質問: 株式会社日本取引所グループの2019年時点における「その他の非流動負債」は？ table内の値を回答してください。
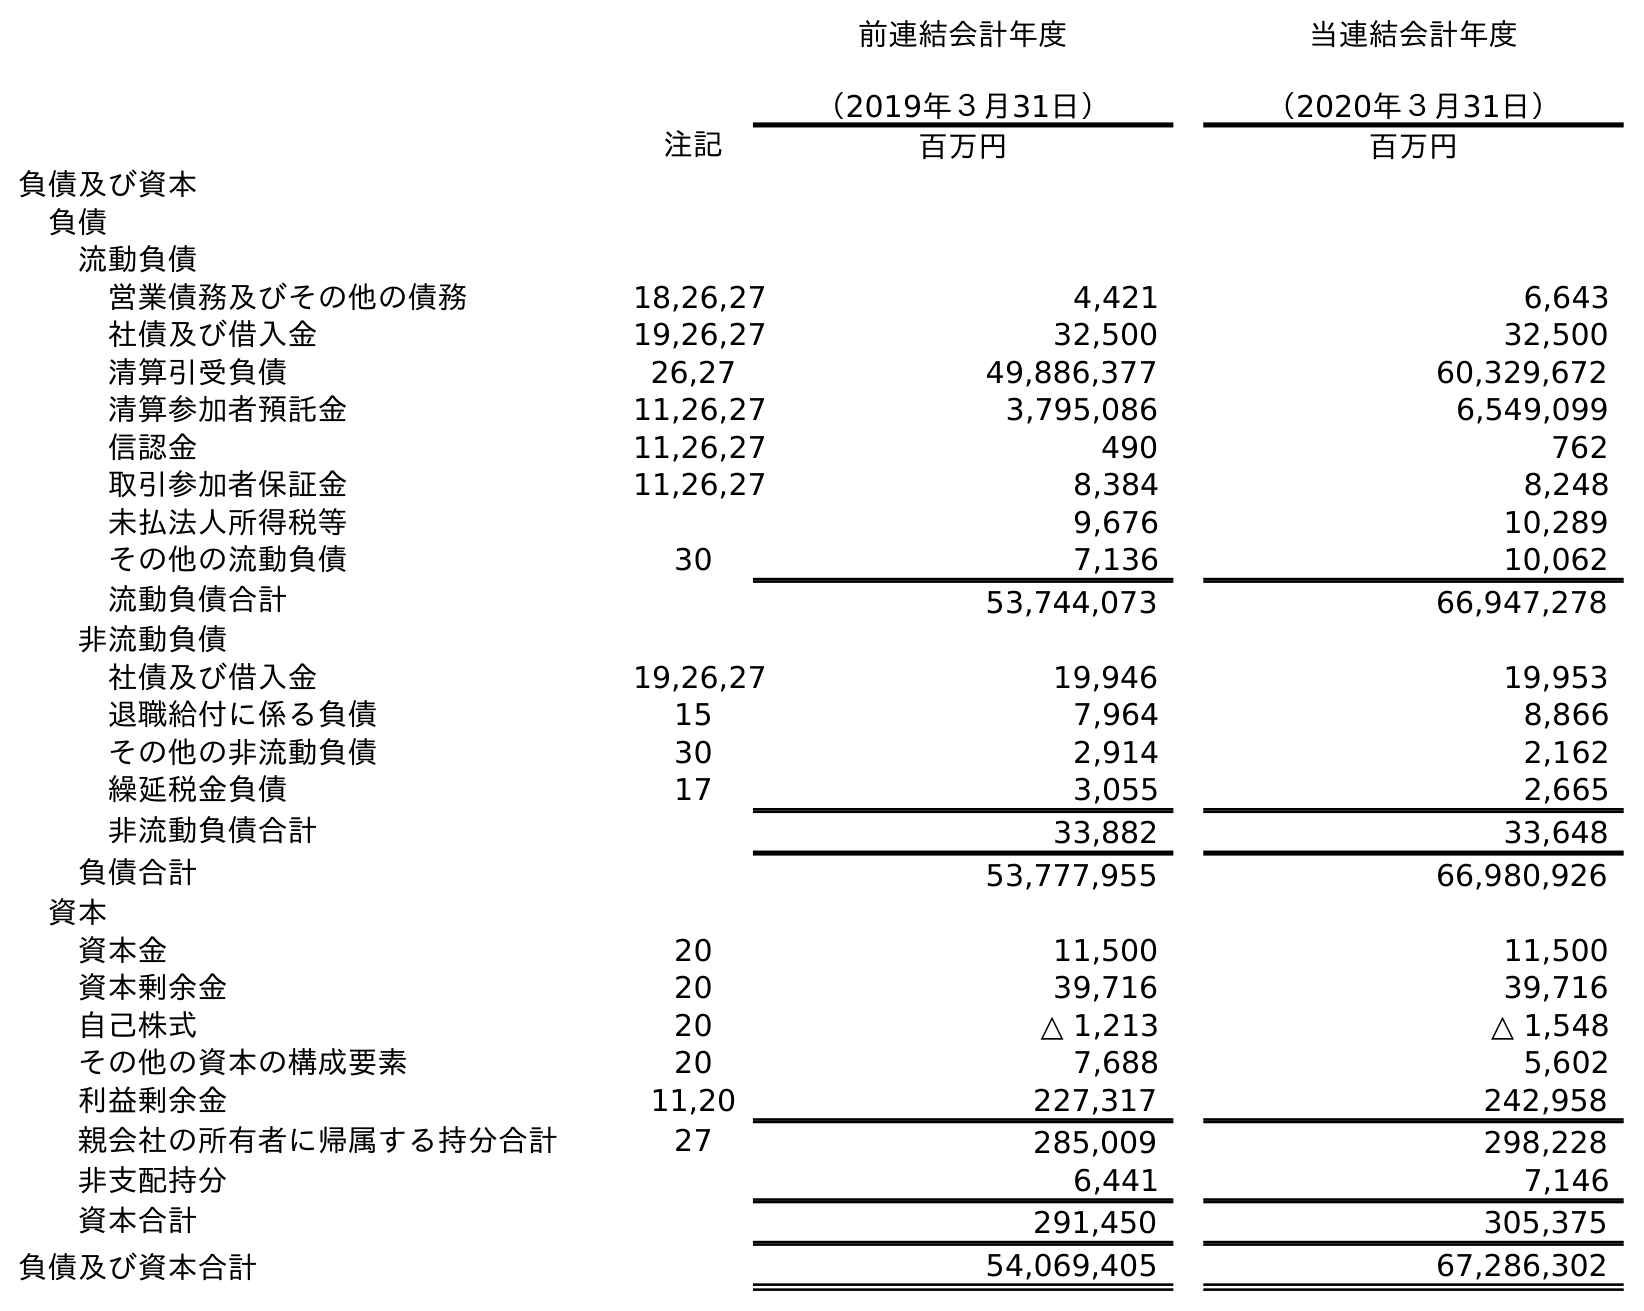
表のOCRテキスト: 前連結会計年度 （2019年３月31日） 当連結会計年度 （2020年３月31日） 注記 百万円 百万円 負債及び資本 負債 流動負債 営業債務及びその他の債務 18,26,27 4,421 6,643 社債及び借入金 19,26,27 32,500 32,500 清算引受負債 26,27 49,886,377 60,329,672 清算参加者預託金 11,26,27 3,795,086 6,549,099 信認金 11,26,27 490 762 取引参加者保証金 11,26,27 8,384 8,248 未払法人所得税等 9,676 10,289 その他の流動負債 30 7,136 10,062 流動負債合計 53,744,073 66,947,278 非流動負債 社債及び借入金 19,26,27 19,946 19,953 退職給付に係る負債 15 7,964 8,866 その他の非流動負債 30 2,914 2,162 繰延税金負債 17 3,055 2,665 非流動負債合計 33,882 33,648 負債合計 53,777,955 66,980,926 資本 資本金 20 11,500 11,500 資本剰余金 20 39,716 39,716 自己株式 20 △ 1,213 △ 1,548 その他の資本の構成要素 20 7,688 5,602 利益剰余金 11,20 227,317 242,958 親会社の所有者に帰属する持分合計 27 285,009 298,228 非支配持分 6,441 7,146 資本合計 291,450 305,375 負債及び資本合計 54,069,405 67,286,302
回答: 2,914